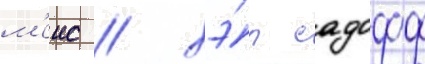
м'еис / хэ́л садофф